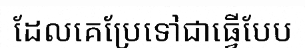
ដែលគេប្រែទៅជាធ្វើបែប